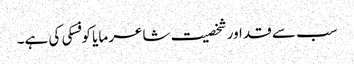
سب سے قد اور شخصیت شاعر مایا کوفسکی کی ہے۔